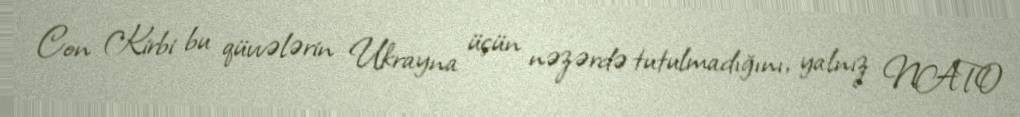
Con Kirbi bu qüvvələrin Ukrayna üçün nəzərdə tutulmadığını, yalnız NATO